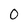
Character: 0